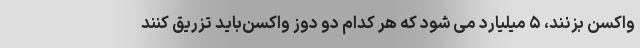
واکسن بزنند، ۵ میلیارد می شود که هر کدام دو دوز واکسن‌باید تزریق کنند